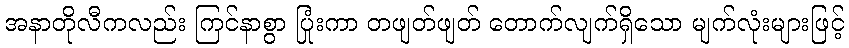
အနာတိုလီကလည်း ကြင်နာစွာ ပြုံးကာ တဖျတ်ဖျတ် တောက်လျက်ရှိသော မျက်လုံးများဖြင့်